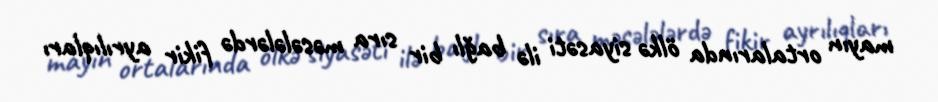
mayın ortalarında ölkə siyasəti ilə bağlı bir sıra məsələlərdə fikir ayrılıqları